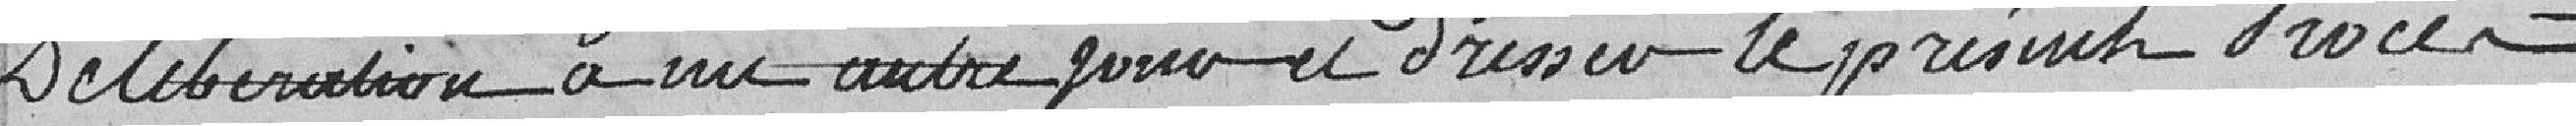
délibération à un autre jour et cesser le présent procès-